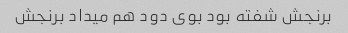
برنجش شفته بود بوی دود هم میداد برنجش